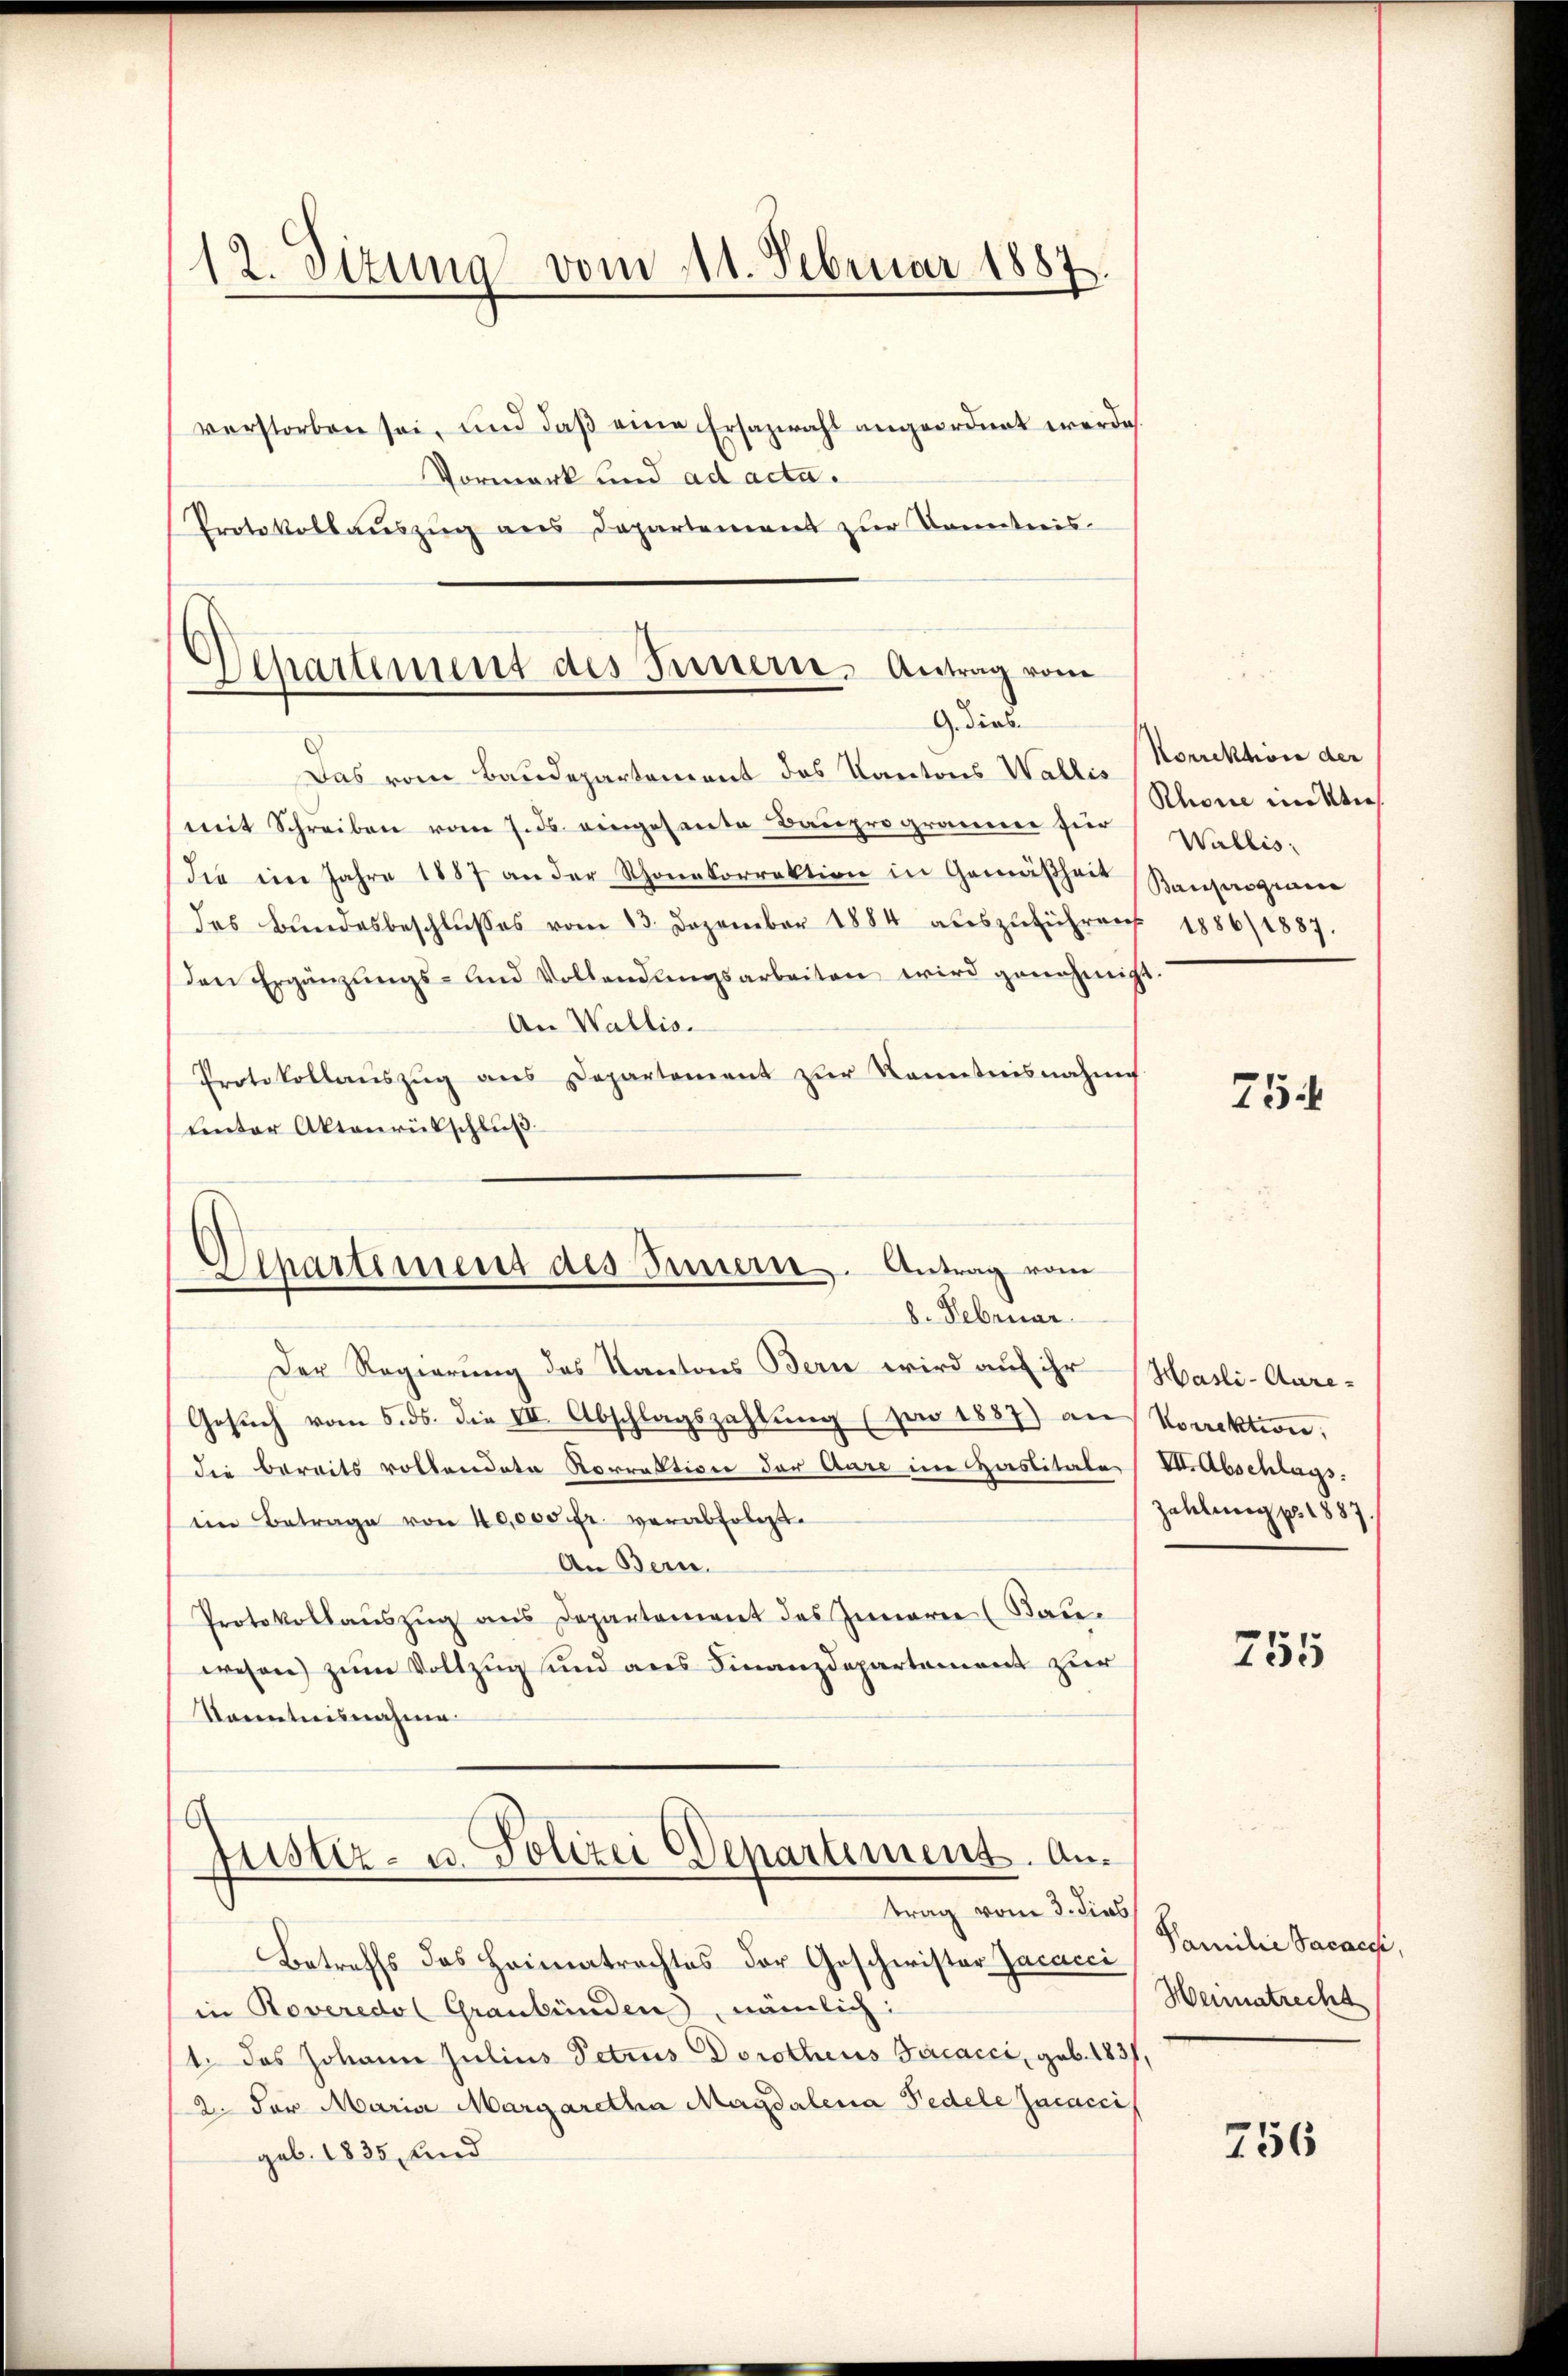
12. Sizung vom 11. Februar 1887.

verstorben sei, und daß eine Ersazwahl angeordnet werde.
Vormerk und ad acta.
Protokollaŭszŭg ans Departement zŭr Kenntnis-

Departement des Innern, Antrag vom
G. dies

Das vom Baudepartement des Kantons Wallis
mit Schreiben vom 7. ds. eingesante Bauprogramme für
die im Jahre 1887 an der Schonetorrektion in Gemäßheit Kausagenen
des Bŭndesbeschlŭsses vom 13. Dezember 1884 aŭszŭführen 1886/1887.
den Ergänzŭngs- und Vollendungsarbeiten wird genehmigt
An Wallis.
Protokollaŭszŭg ans Departement zŭr Kenntnisnahme
linter Aktenrütschluß
Der Regierung des Kantons Bern wird auf ihr
Gesŭch vom 5. ds. die III. Abschlagszahlung (pro 1887) an Korrektion,
die bereits vollendete Korrektion der Aare im Haslitate Abschlags:
ein Betrage von 40,000 fr. verabfolgt.
An Bern.
Protokollauszug aus Departement des Innern (Kauwesen) zum Vollzug und aus Finanzdepartement zur
Kanntnisnahme
Justiz- u. Polizei Departement. Antrag vom 3. dies
Betreffs des Heimatrachtes der Geschwister Jacacci
in Roveredol Graubünden, nämlich:
1. das Johann Julius Petrus Dorothens Facacci, geb. 1831,
2. der Maria Margaretha Magdalena Pedele Jacacci
geb. 1835, und

¬
Separtiment des Innern. Antrag vom
8. Februar

Korrektion der
Rhone in Wies
Wallis:

.

754

Hasli-Aare¬
Zahlung pr. 1887.

755

Familie Sacacchi,
Hennatrecht

756